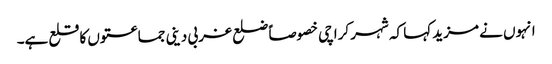
انہوں نے مزید کہا کہ شہر کراچی خصوصاًً ضلع غربی دینی جماعتوں کا قلع ہے۔